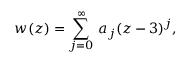
w ( z ) = \sum _ { j = 0 } ^ { \infty } \, a _ { j } ( z - 3 ) ^ { j } ,